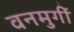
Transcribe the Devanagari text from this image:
वनमुर्गी